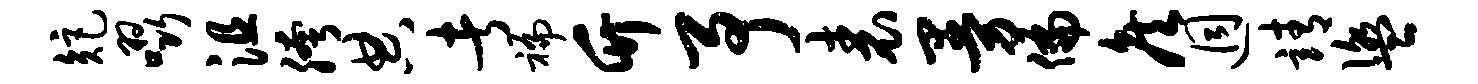
矩啜沮胯典者褊竹予表曼偏侯迥靖盥